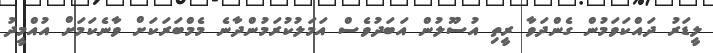
ލީޑަރު ދައްކަވަމުން ގެންދަވާ ރީތި އުސޫލުން އަބަދުވެސް އަމަލުކުރަމުންދާނެ މެމްބަރަކަށް ވާނެކަމަށް އުއްމީދު